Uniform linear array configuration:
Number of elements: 48
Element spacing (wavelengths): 1
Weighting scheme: blackman
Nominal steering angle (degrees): -45
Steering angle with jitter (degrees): -43.896
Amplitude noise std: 0.05
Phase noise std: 0.05

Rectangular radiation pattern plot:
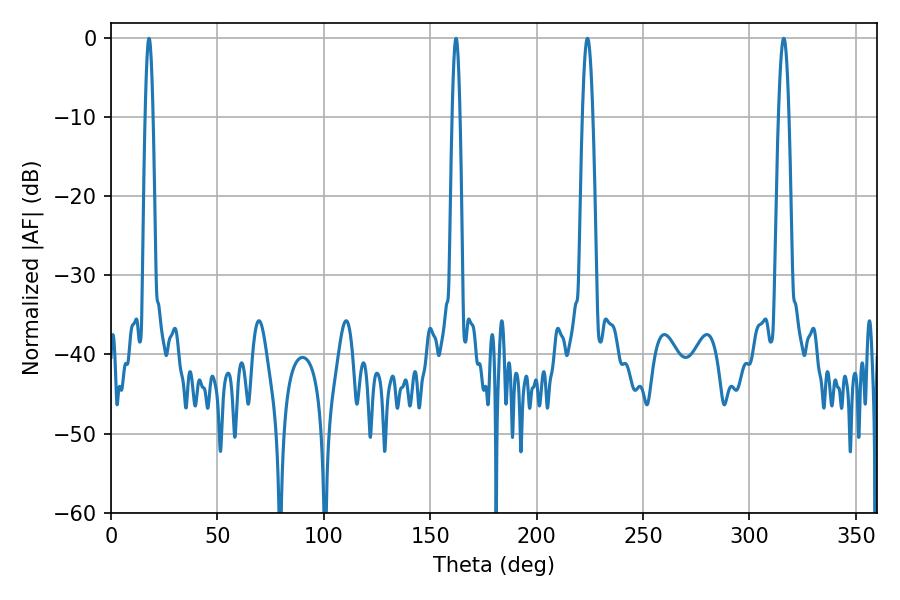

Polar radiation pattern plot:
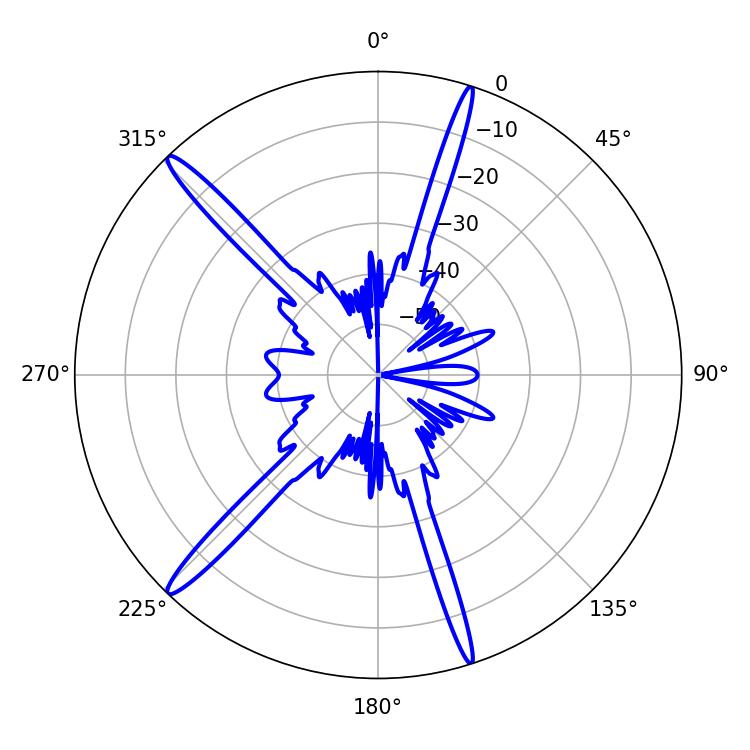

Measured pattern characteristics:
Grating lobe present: TRUE
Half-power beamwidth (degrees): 2.52
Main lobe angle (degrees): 316.08